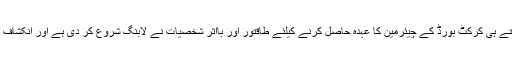
لاہور -پاکستان کرکٹ بورڈ (پی سی بی) چیئرمین شہریار خان کی ریٹائرمنٹ کا وقت قریب آتے ہی کرکٹ بورڈ کے چیئرمین کا عہدہ حاصل کرنے کیلئے طاقتور اور بااثر شخصیات نے لابنگ شروع کر دی ہے اور انکشاف ہوا ہے کہ سابق وفاقی وزیر اطلاعات پرویز رشید بھی اس عہدے کیلئے مضبوط امیدوار ہیں۔